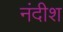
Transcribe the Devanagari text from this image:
नंदीश